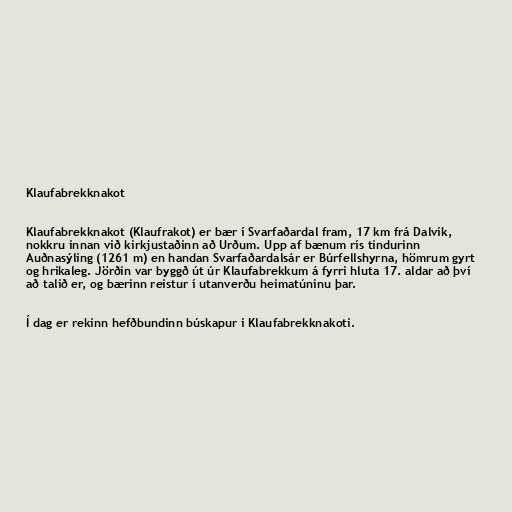
Klaufabrekknakot

Klaufabrekknakot (Klaufrakot) er bær í Svarfaðardal fram, 17 km frá Dalvík,
nokkru innan við kirkjustaðinn að Urðum. Upp af bænum rís tindurinn
Auðnasýling (1261 m) en handan Svarfaðardalsár er Búrfellshyrna, hömrum gyrt
og hrikaleg. Jörðin var byggð út úr Klaufabrekkum á fyrri hluta 17. aldar að því
að talið er, og bærinn reistur í utanverðu heimatúninu þar.

Í dag er rekinn hefðbundinn búskapur í Klaufabrekknakoti.